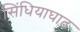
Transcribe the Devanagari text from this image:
सिंधियाघाट